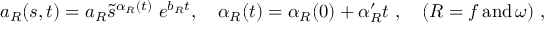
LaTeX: a _ { R } ( s , t ) = a _ { R } \tilde { s } ^ { \alpha _ { R } ( t ) } \ e ^ { b _ { R } t } , \quad \alpha _ { R } ( t ) = \alpha _ { R } ( 0 ) + \alpha _ { R } ^ { \prime } t \ , \quad ( R = f \, \mathrm { a n d } \, \omega ) \ ,